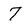
Character: 7